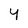
Character: Y